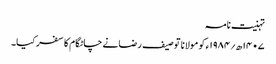
تہنیت نامہ
۱۴۰۷ھ؍۱۹۸۴ء کو مولانا توصیف رضانے چاٹگام کا سفر کیا۔